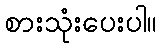
စားသုံးပေးပါ။